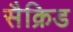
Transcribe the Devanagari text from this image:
सैक्रिड